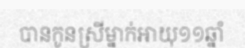
បានកូនស្រីម្នាក់អាយុ១១ឆ្នាំ